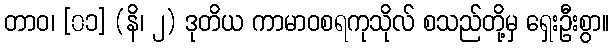
တာဝ၊ [၀၁] (နိ၊ ၂) ဒုတိယ ကာမာဝစရကုသိုလ် စသည်တို့မှ ရှေးဦးစွာ။